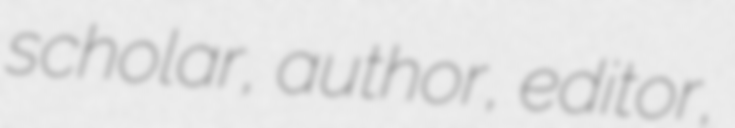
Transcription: scholar, author, editor,